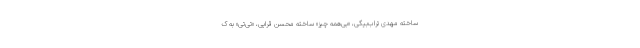
ساخته مهدی تراب‌بیگی، «بی‌همه چیز» ساخته محسن قرایی، «تی‌تی» به ک